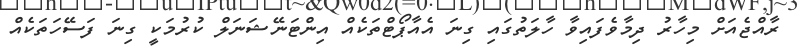
ރާއްޖެއަށް މިހާރު ދިމާވެފައިވާ ހާލަތުގައި ގިނަ އެއާޕޯޓްތަކެއް އިންޓަނޭޝަނަލް ކުރުމަކީ ގިނަ ފަސޭހަތަކެއް